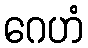
ဂေဟံ